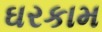
ઘરકામ